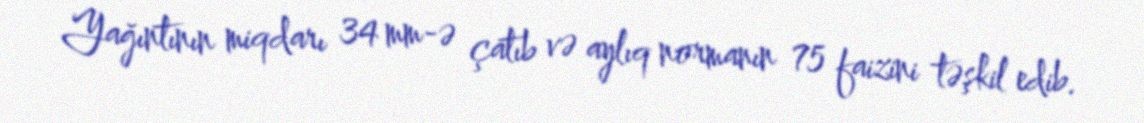
Yağıntının miqdarı 34 mm-ə çatıb və aylıq normanın 75 faizini təşkil edib.